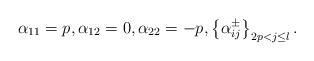
LaTeX: \begin{align*} \alpha_{11}=p, \alpha_{12}=0, \alpha_{22}=-p, \left\{\alpha^\pm_{ij}\right\}_{2p < j \leq l}. \end{align*}